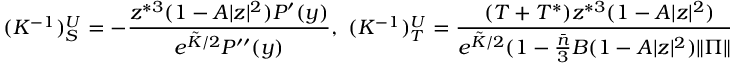
( K ^ { - 1 } ) _ { S } ^ { U } = - \frac { z ^ { * 3 } ( 1 - A | z | ^ { 2 } ) P ^ { \prime } ( y ) } { e ^ { \tilde { K } / 2 } P ^ { \prime \prime } ( y ) } , \mathrm { ~ } ( K ^ { - 1 } ) _ { T } ^ { U } = \frac { ( T + T ^ { * } ) z ^ { * 3 } ( 1 - A | z | ^ { 2 } ) } { e ^ { \tilde { K } / 2 } ( 1 - \frac { \bar { n } } { 3 } B ( 1 - A | z | ^ { 2 } ) \| \Pi \| ) } ,